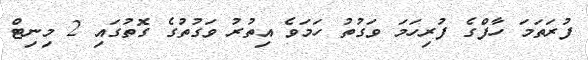
ފުރަތަމަ ހާފްގެ ފުރިހަމަ ވަގުތު ހަމަވެ އިތުރު ވަގުތުގެ ގޮތުގައި 2 މިނިޓް